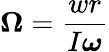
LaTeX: {\boldsymbol{\Omega}}={\frac{wr}{I{\boldsymbol{\omega}}}}